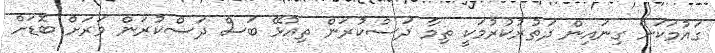
ގައުމަކަށް ގިނައިން ދަތުރުކުރުމަކީ ތިމާ ދަސްކުރަން ތިއުޅޭ ބަސް ދަސްކުރަން ވަރަށް ބޮޑަށް